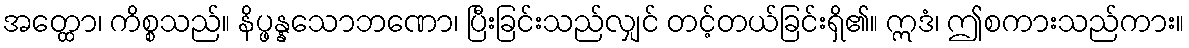
အတ္ထော၊ ကိစ္စသည်။ နိပ္ဖန္နသောဘဏော၊ ပြီးခြင်းသည်လျှင် တင့်တယ်ခြင်းရှိ၏။ ဣဒံ၊ ဤစကားသည်ကား။